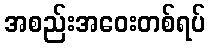
အစည်းအဝေးတစ်ရပ်